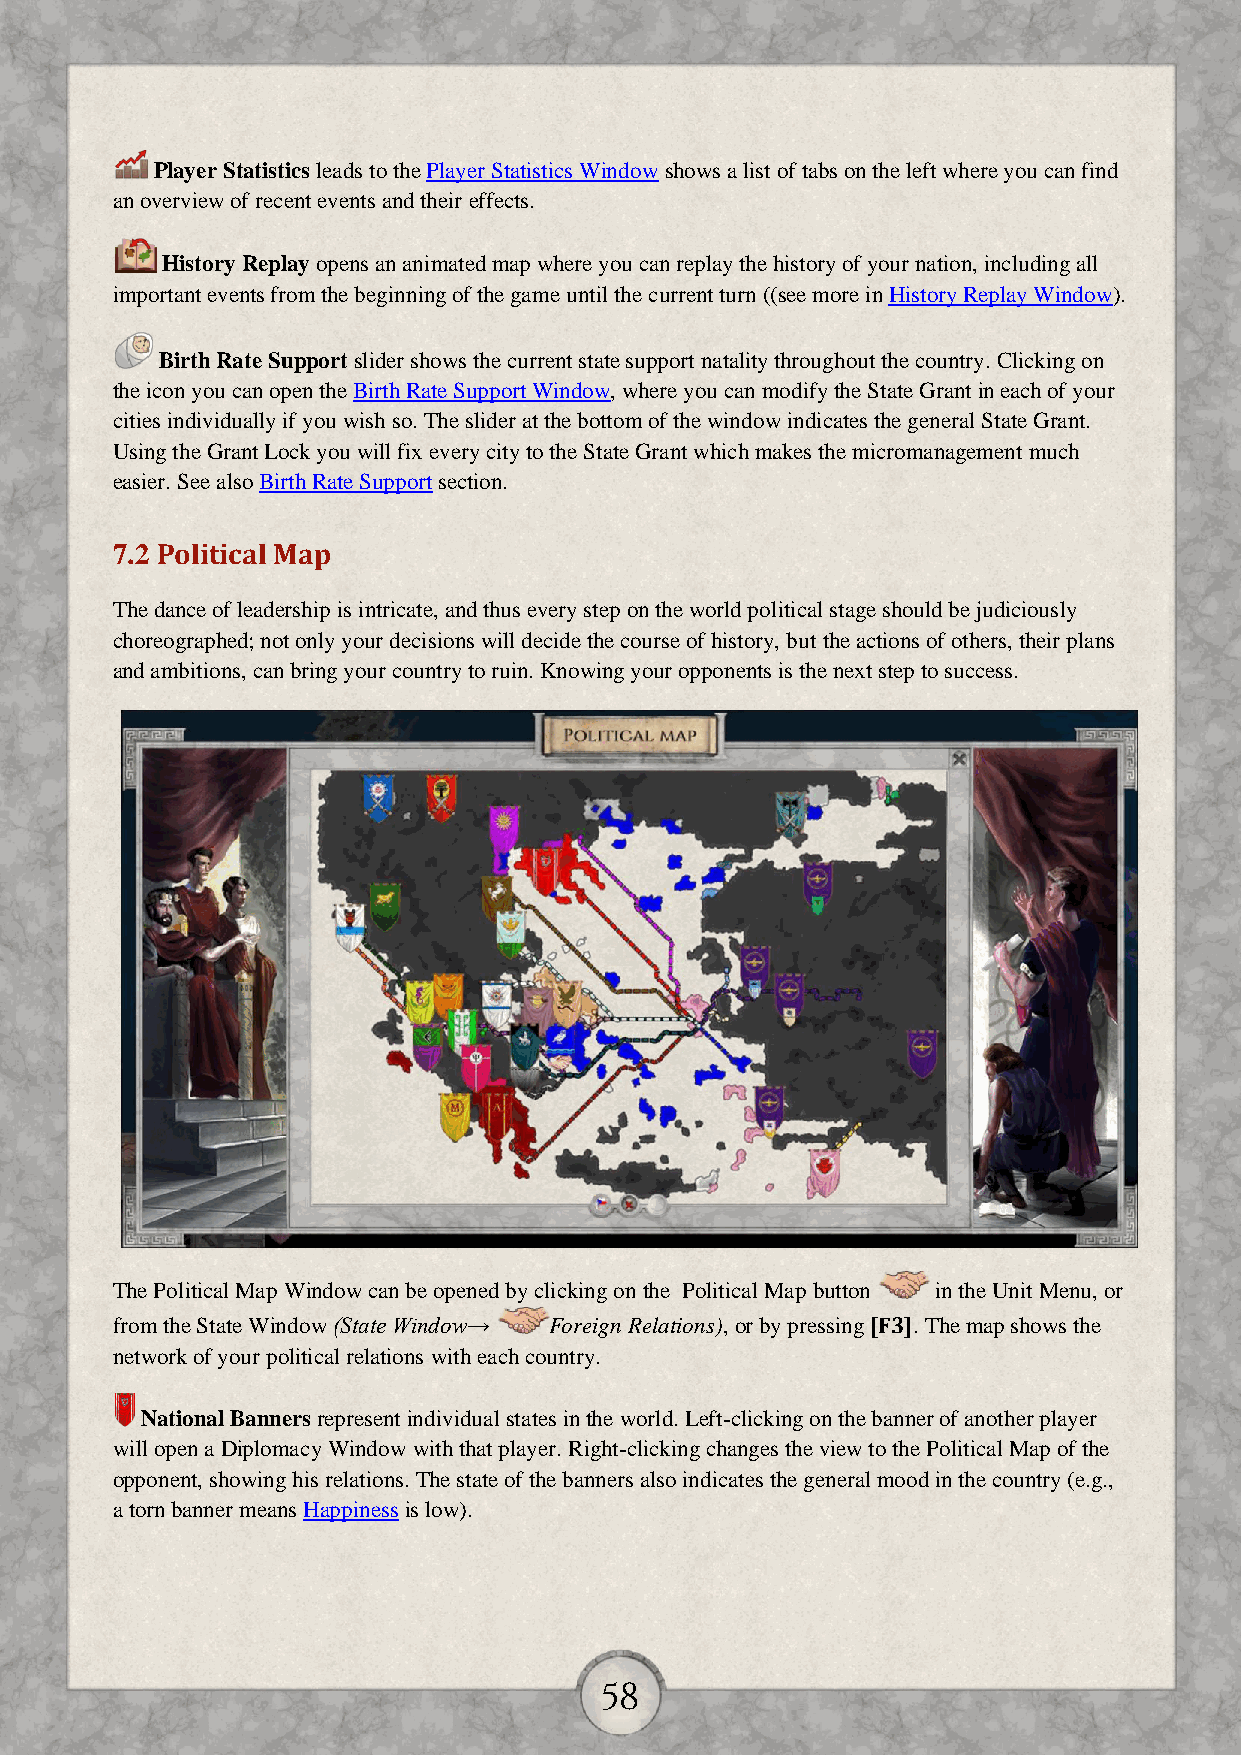
Player Statistics leads to the Player Statistics Window shows a list of tabs on the left where you can find
 an overview of recent events and their effects.
 History Replay opens an animated map where you can replay the history of your nation, including all
 important events from the beginning of the game until the current turn ((see more in History Replay Window).
 Birth Rate Support slider shows the current state support natality throughout the country. Clicking on
 the icon you can open the Birth Rate Support Window, where you can modify the State Grant in each of your
 cities individually if you wish so. The slider at the bottom of the window indicates the general State Grant.
 Using the Grant Lock you will fix every city to the State Grant which makes the micromanagement much
 easier. See also Birth Rate Support section.
 7.2 Political Map
 The dance of leadership is intricate, and thus every step on the world political stage should be judiciously
 choreographed; not only your decisions will decide the course of history, but the actions of others, their plans
 and ambitions, can bring your country to ruin. Knowing your opponents is the next step to success.
 The Political Map Window can be opened by clicking on the Political Map button in the Unit Menu, or
 from the State Window (State Window→ Foreign Relations), or by pressing [F3]. The map shows the
 network of your political relations with each country.
 National Banners represent individual states in the world. Left-clicking on the banner of another player
 will open a Diplomacy Window with that player. Right-clicking changes the view to the Political Map of the
 opponent, showing his relations. The state of the banners also indicates the general mood in the country (e.g.,
 a torn banner means Happiness is low).
 58